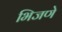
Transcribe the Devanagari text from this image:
भिजणे